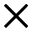
\times